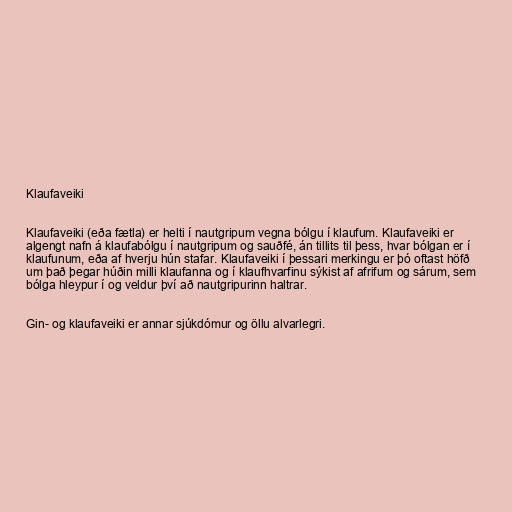
Klaufaveiki

Klaufaveiki (eða fætla) er helti í nautgripum vegna bólgu í klaufum. Klaufaveiki er
algengt nafn á klaufabólgu í nautgripum og sauðfé, án tillits til þess, hvar bólgan er í
klaufunum, eða af hverju hún stafar. Klaufaveiki í þessari merkingu er þó oftast höfð
um það þegar húðin milli klaufanna og í klaufhvarfinu sýkist af afrifum og sárum, sem
bólga hleypur í og veldur því að nautgripurinn haltrar.

Gin- og klaufaveiki er annar sjúkdómur og öllu alvarlegri.